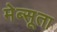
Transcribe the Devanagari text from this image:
मेब्सूता